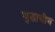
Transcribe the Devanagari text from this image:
युद्धाचीच